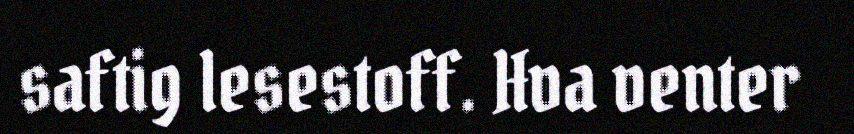
saftig lesestoff. Hva venter